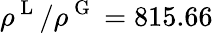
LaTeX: \rho^{\mathrm{~L~}}/\rho^{\mathrm{~G~}}=815.66